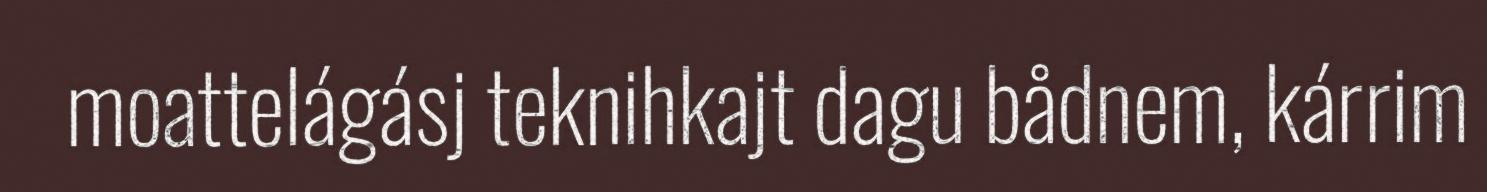
moattelágásj teknihkajt dagu bådnem, kárrim